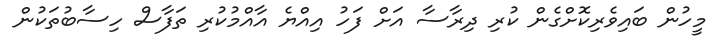
މީހުން ބައިވެރިކޮށްގެން ކުރި ދިރާސާ އަށް ފަހު އިއްޔެ އާއްމުކުރި ތަފާސް ހިސާބުތަކުން